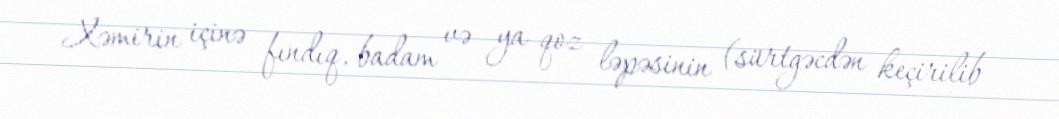
Xəmirin içinə fındıq, badam və ya qoz ləpəsinin (sürtgəcdən keçirilib